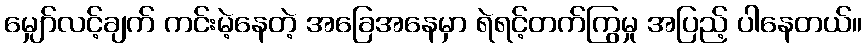
မျှော်လင့်ချက် ကင်းမဲ့နေတဲ့ အခြေအနေမှာ ရဲရင့်တက်ကြွမှု အပြည့် ပါနေတယ်။